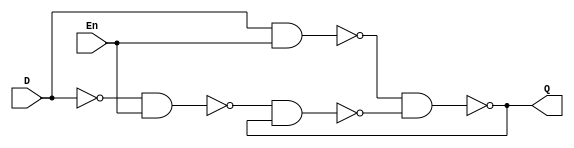
module D_Latch(Q,D,En);

    output wire Q;
    wire notQ;
    input wire D,En;

    wire up,down;
    
    assign up=~(D&&En);
    assign down=~(~D&&En);

    assign Q=~(up&&notQ);
    assign notQ=~(down&&Q);



endmodule